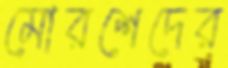
মোরশেদের